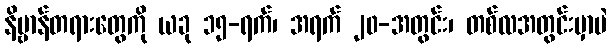
နိဗ္ဗာန်တရားတွေကို ယခု ၁၅-ရက်၊ အရက် ၂၀-အတွင်း၊ တစ်လအတွင်းမှာပဲ